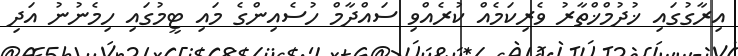
އިރާގުގައި ޚުދުމްޚްތާރު ވެރިކަމެއް ކުރެއްވި ސައްދާމް ހުސެއިންގެ މައި ޓީމުގައި ހިމެނުނު އަދި